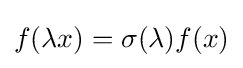
f(\lambda x)=\sigma (\lambda )f(x)